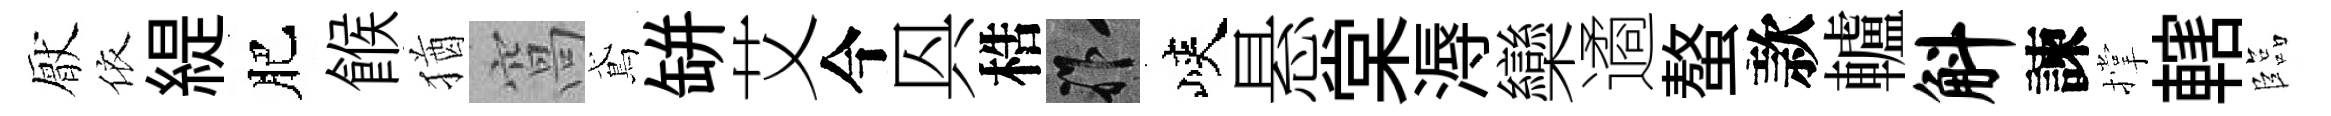
厭依緹肥餱猶窩鳶缾艾今㒷梏祚峽悬棠溽欒遹螯款轤斛諫撑轄臨